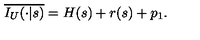
\overline { { I _ { U } ( \cdot | s ) } } = H ( s ) + r ( s ) + p _ { 1 } .